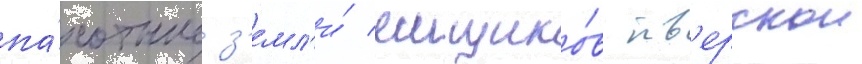
па́хотные з'емл'и́ ямщико́в тв'ерскои